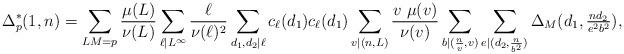
LaTeX: \begin{align*} \Delta^*_p(1,n)= \sum_{LM=p}\frac{\mu(L)}{\nu(L)}\sum_{\ell|L^\infty} \frac{\ell}{\nu(\ell)^2}\sum_{d_1, d_2|\ell}c_\ell(d_1)c_\ell(d_1) \sum_{v|(n,L)}\frac{v\ \mu(v)}{\nu(v)}\sum_{b|(\frac{n}{v}, v)}\sum_{e|(d_2, \frac{n}{b^2})}\Delta_M(d_1, \tfrac{nd_2}{e^2b^2}),\end{align*}